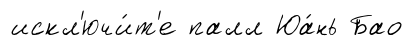
искл'ючи́т'е палл Юа́нь Бао